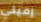
زميلي